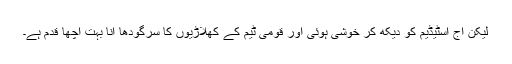
لیکن آج اسٹیڈیم کو دیکھ کر خوشی ہوئی اور قومی ٹیم کے کھلاڑیوں کا سرگودھا آنا بہت اچھا قدم ہے۔